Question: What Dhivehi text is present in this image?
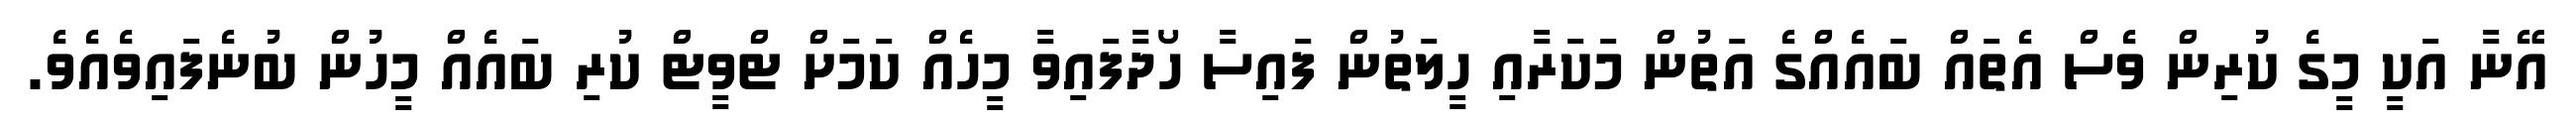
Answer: އޭނާ އަކީ މީގެ ކުރިން ވެސް އެތައް ބައެއްގެ އަތުން މަކަރާއި ހީލަތުން ފައިސާ ހޯދާފައިވާ މީހެއް ކަމަށް ޓްވީޓް ކުރި ބައެއް މީހުން ބުނެފައިވެއެވެ.